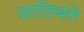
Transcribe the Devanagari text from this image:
जालिबने